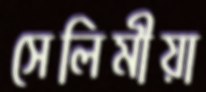
সেলিমীয়া